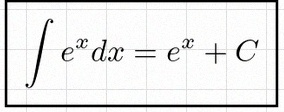
\int e^x dx=e^x+C